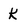
Character: k